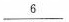
\underline{6}